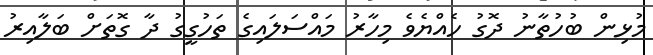
މުޅިން ބުހުތާނު ދޮގު ހެއްޔެވެ މިހާރު މައްސަލައިގެ ތަހުގީގު ދާ ގޮތަށް ބަލާއިރު